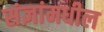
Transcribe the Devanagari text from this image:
संज्ञांमधील